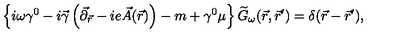
\left\{ i \omega \gamma ^ { 0 } - i \vec { \gamma } \left( \vec { \partial } _ { \vec { r } } - i e \vec { A } ( \vec { r } ) \right) - m + \gamma ^ { 0 } \mu \right\} \widetilde { G } _ { \omega } ( \vec { r } , \vec { r } ^ { \prime } ) = \delta ( \vec { r } - \vec { r } ^ { \prime } ) ,